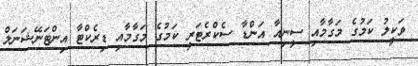
ވަކީލު ކަމުގެ މަގާމާއި ސީނިއާ އަންޑާ ސެކްރެޓަރީ ކަމުގެ މަގާމާއި ޑިރެކްޓާ އިންޓަނޭޝަނަލް